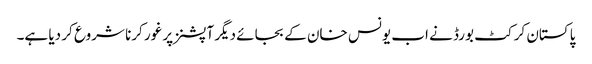
پاکستان کرکٹ بورڈ نے اب یونس خان کے بجائے دیگر آپشنز پر غور کرنا شروع کر دیا ہے۔